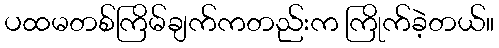
ပထမတစ်ကြိမ်ချက်ကတည်းက ကြိုက်ခဲ့တယ်။